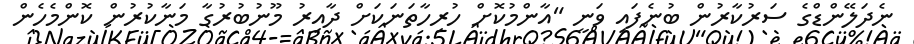
ނެދަލޭންޑްގެ ސަރުކާރުން ބުނެފައި ވަނީ "އާންމުކޮށް ހުރިހާތަނަކަށް ދާއިރު މޫނުބުރުގާ މަނާކުރުން ކޮންމެހެން